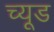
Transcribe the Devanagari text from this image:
च्यूड